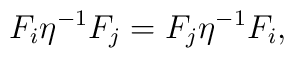
F_{i}\eta^{-1} F_{j}=F_{j}\eta^{-1} F_{i},